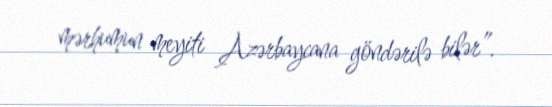
mərhumun meyiti Azərbaycana göndərilə bilər”.